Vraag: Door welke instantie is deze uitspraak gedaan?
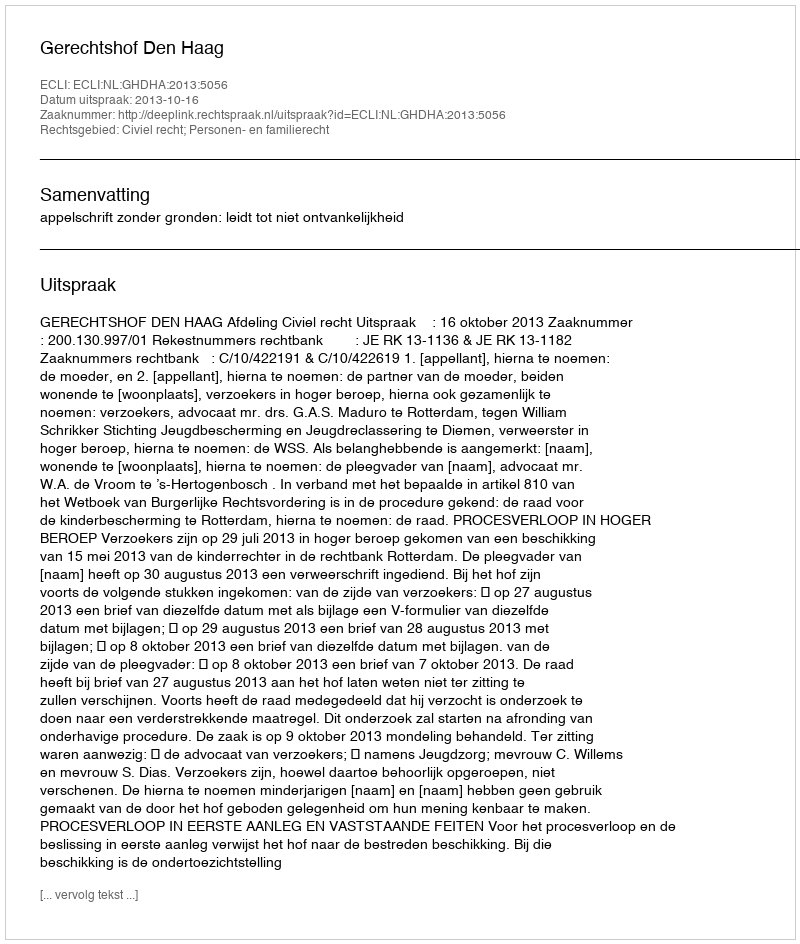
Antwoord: Gerechtshof Den Haag